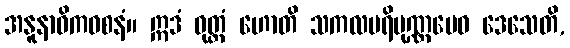
အနူနာဓိကဝစနံ။ ဣဒံ ဝုတ္တံ ဟောတိ သကလပရိပုဏ္ဏမေဝ ဒေသေတိ,